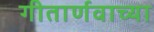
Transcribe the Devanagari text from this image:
गीतार्णवाच्या